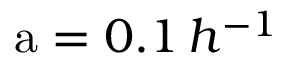
\mathrm { a } = 0 . 1 \, h ^ { - 1 }